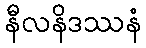
နီလနိဒဿနံ